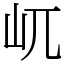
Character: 屼